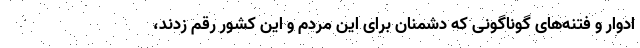
ادوار و فتنه‌های گوناگونی که دشمنان برای این مردم و این کشور رقم زدند،